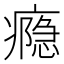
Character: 瘾